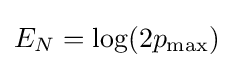
E_{N}=\log(2p_{\text{max}})